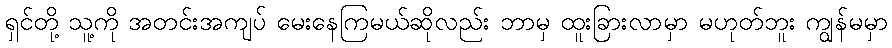
ရှင်တို့ သူ့ကို အတင်းအကျပ် မေးနေကြမယ်ဆိုလည်း ဘာမှ ထူးခြားလာမှာ မဟုတ်ဘူး ကျွန်မမှာ